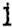
1